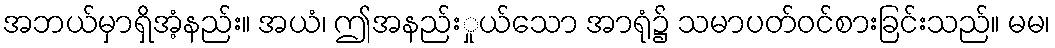
အဘယ်မှာရှိအံ့နည်း။ အယံ၊ ဤအနည်းှုယ်သော အာရုံ၌ သမာပတ်ဝင်စားခြင်းသည်။ မမ၊